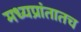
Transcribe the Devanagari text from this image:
मध्यप्रांतातच